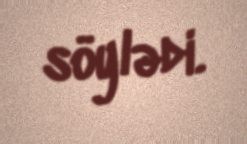
söylədi.